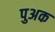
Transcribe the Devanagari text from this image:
पुअक